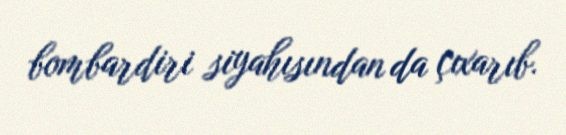
bombardiri siyahısından da çıxarıb.